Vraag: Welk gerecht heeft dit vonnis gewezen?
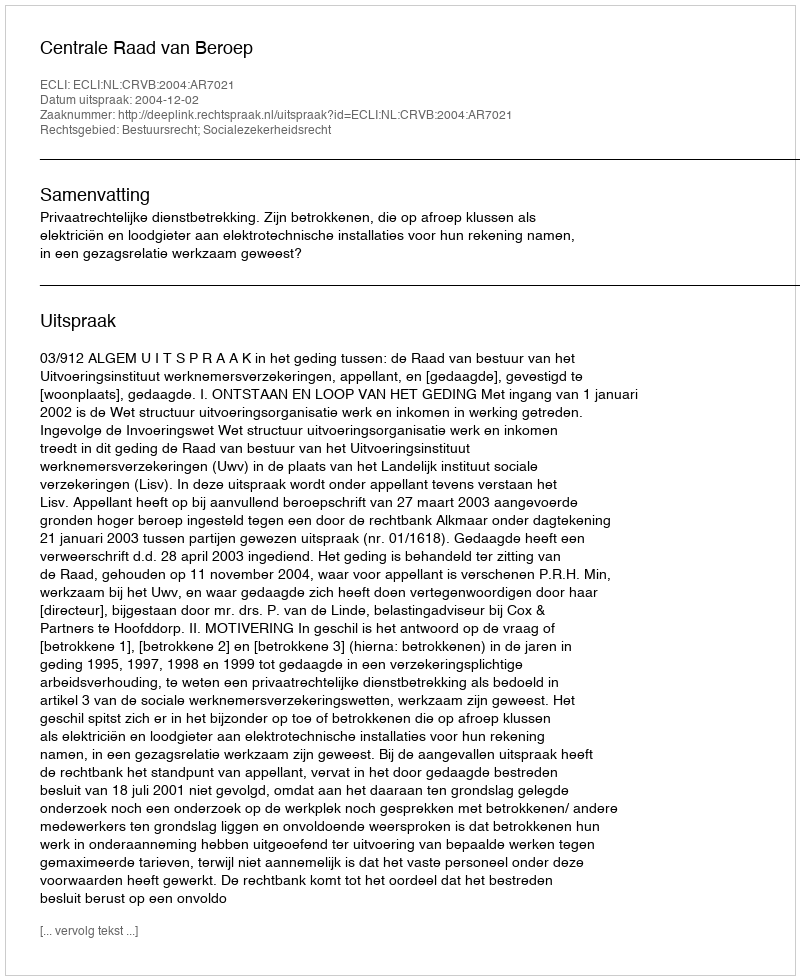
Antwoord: Centrale Raad van Beroep